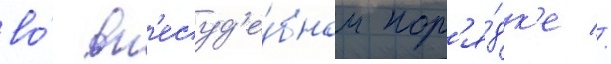
во́ вн'есуд'е́бном пор'я́дк'е //